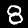
Digit: 8